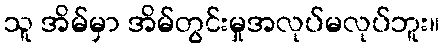
သူ အိမ်မှာ အိမ်တွင်းမှုအလုပ်မလုပ်ဘူး။